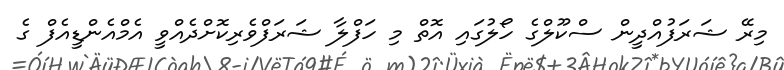
މިރޭ ޝަރަފުއްދީން ސްކޫލްގެ ހޯލުގައި އޮތް މި ހަފްލާ ޝަރަފްވެރިކޮށްދެއްވީ އެމްއެންޑީއެފް ގެ